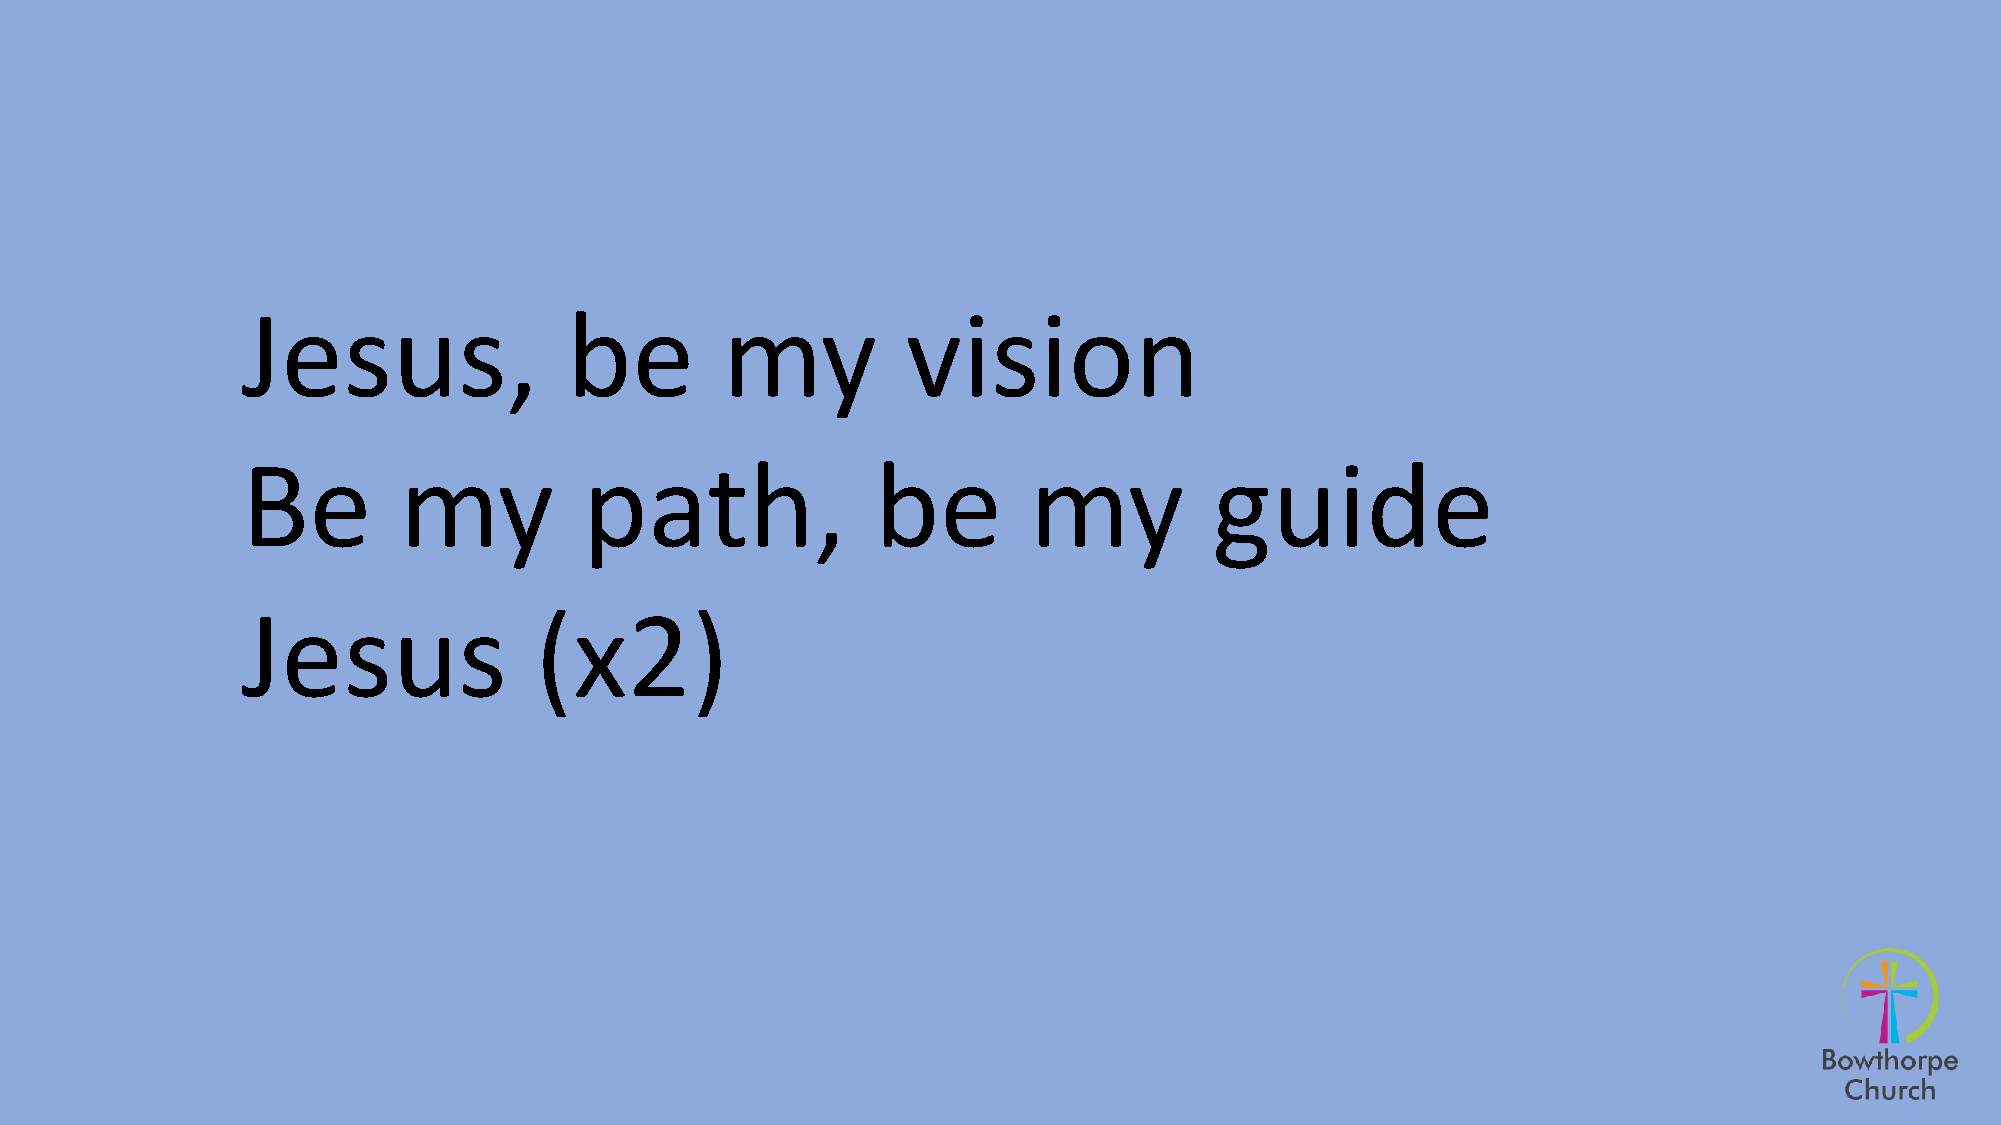
Jesus,               be         my          vision
 Be        my           path,              be        my          guide
 Jesus              (x2)